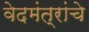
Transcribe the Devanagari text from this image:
वेदमंत्रांचे